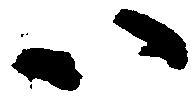
以